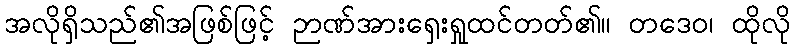
အလိုရှိသည်၏အဖြစ်ဖြင့် ဉာဏ်အားရှေးရှုထင်တတ်၏။ တဒေဝ၊ ထိုလို